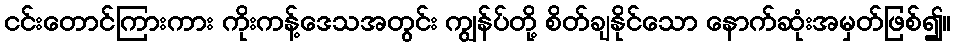
ငင်းတောင်ကြားကား ကိုးကန့်ဒေသအတွင်း ကျွန်ပ်တို့ စိတ်ချနိုင်သော နောက်ဆုံးအမှတ်ဖြစ်၍။